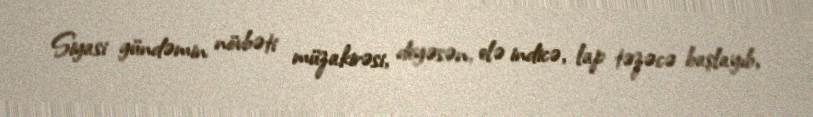
Siyasi gündəmin növbəti müzakirəsi, deyəsən, elə indicə, lap təzəcə başlayıb,